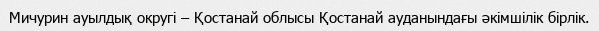
Мичурин ауылдық округі – Қостанай облысы Қостанай ауданындағы әкімшілік бірлік.